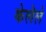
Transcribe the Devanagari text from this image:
केलॆले